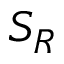
S _ { R }